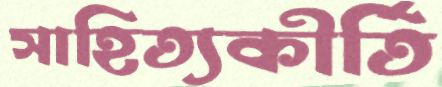
সাহিত্যকীর্তি